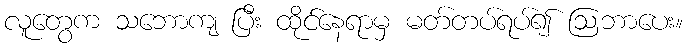
လူတွေက သဘောကျ ပြီး ထိုင်နေရာမှ မတ်တပ်ရပ်၍ ဩဘာပေး။